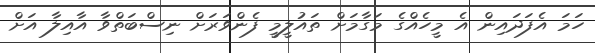
ހަމަ އެފަދައިން އެ މީހެއްގެ މަގާމަށް ތައުލީމީ ފެންވަރަށް ނިސްބަތްވާ އާއިލާ އަށް